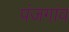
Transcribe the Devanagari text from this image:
पंजगांव